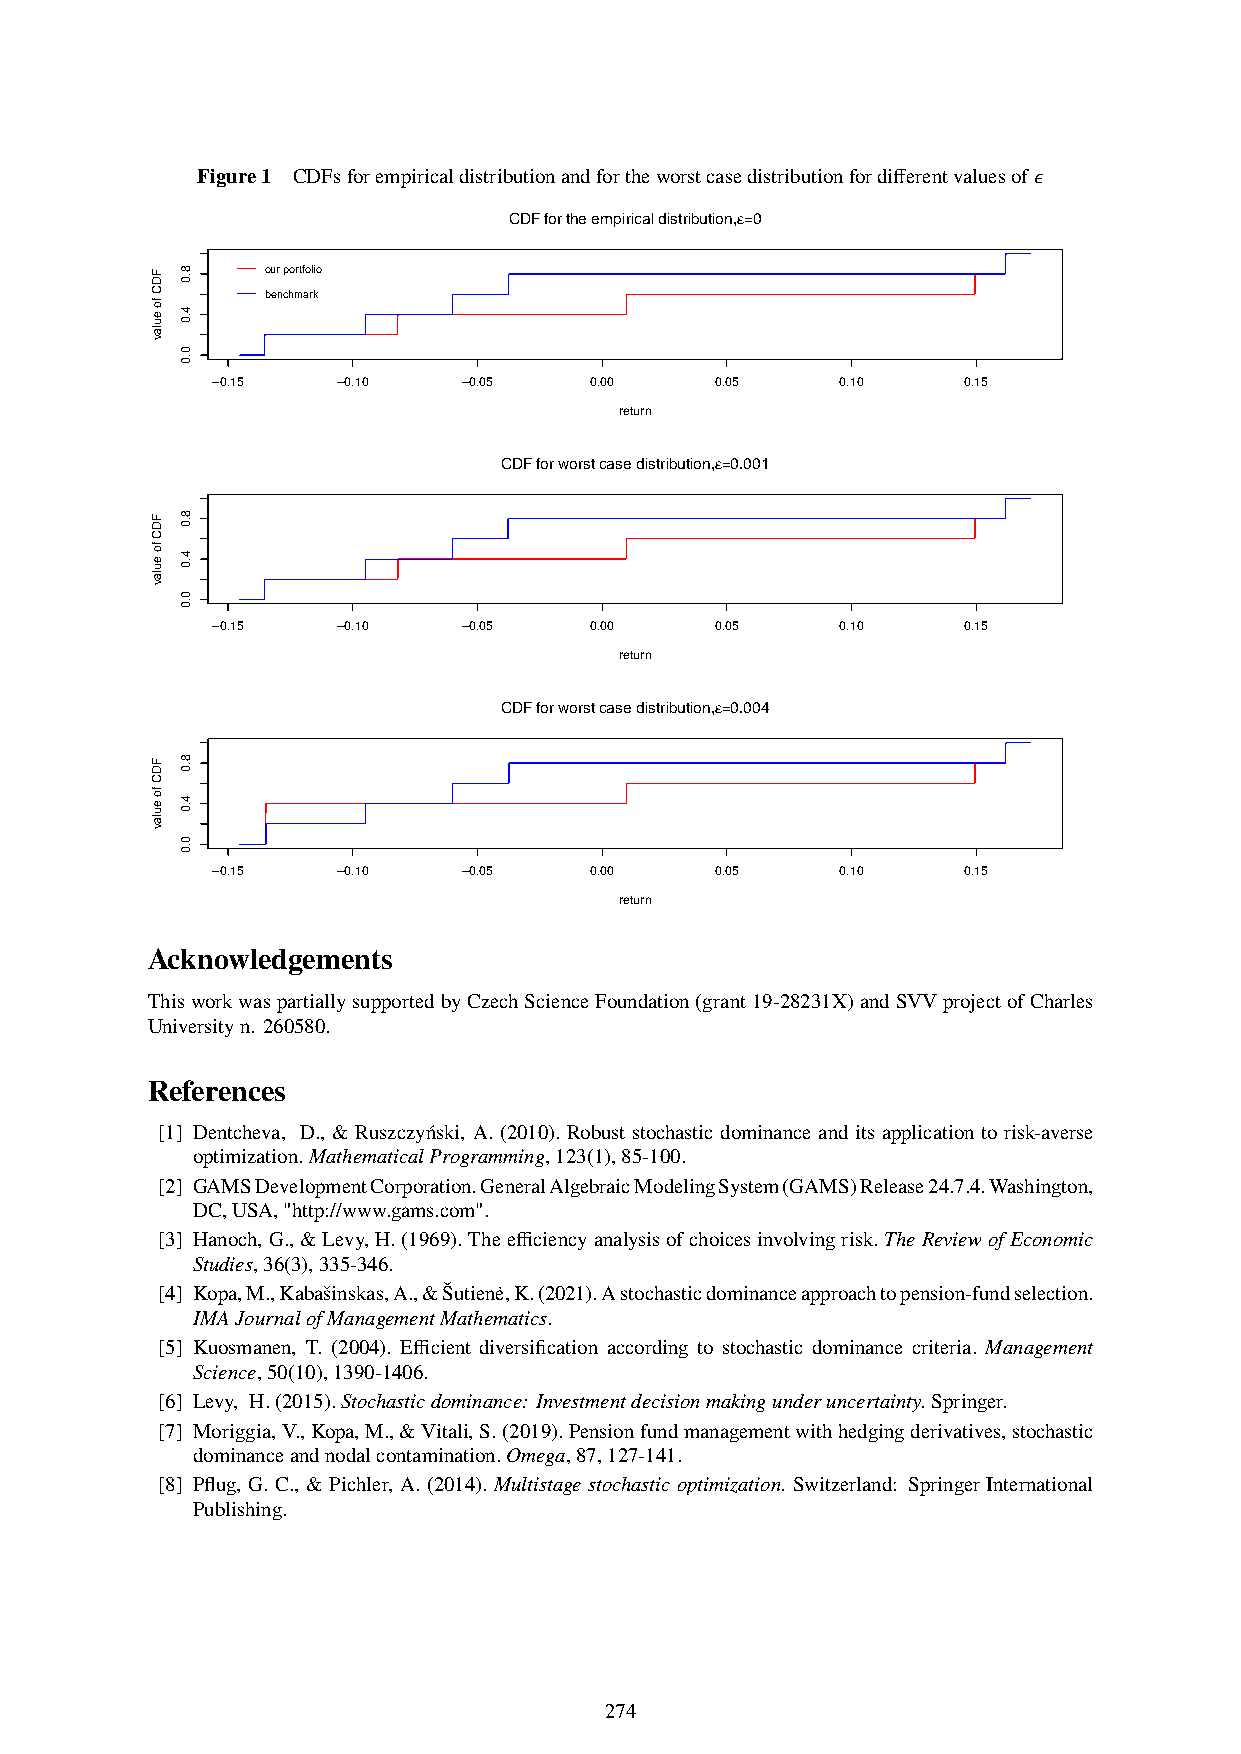
Figure1 CDFsforempiricaldistributionandfortheworstcasedistributionfordifferentvaluesof𝜖
 CDF for the empirical distribution,e =0
 our portfolio
 benchmark
 −0.15   −0.10    −0.05   0.00    0.05     0.10    0.15
 return
 CDF for worst case distribution,e =0.001
 −0.15   −0.10    −0.05   0.00    0.05     0.10    0.15
 return
 CDF for worst case distribution,e =0.004
 −0.15   −0.10    −0.05   0.00    0.05     0.10    0.15
 return
 Acknowledgements      CDF for the worst case distribution,e =0.016
 ThisworkwaspartiallysupportedbyCzechScienceFoundation(grant19-28231X)andSVVprojectofCharles
 Universityn. 260580.
 References
 −0.15   −0.10    −0.05   0.00    0.05     0.10    0.15
 [1] Dentcheva, D., & Ruszczyński, A. (2010). Robust stochastic dominance and its application to risk-averse
 return
 optimization.MathematicalProgramming,123(1),85-100.
 [2] GAMSDevelopmentCorporation.GeneralAlgebraicModelingSystem(GAMS)Release24.7.4.Washington,
 CDF for the worst case distribution,e =0.064
 DC,USA,"http://www.gams.com".
 [3] Hanoch,G.,&Levy,H.(1969).Theefficiencyanalysisofchoicesinvolvingrisk.TheReviewofEconomic
 Studies,36(3),335-346.
 [4] Kopa,M.,Kabašinskas,A.,&Šutiene˙,K.(2021).Astochasticdominanceapproachtopension-fundselection.
 IMAJournalofManagementMathematics.
 [5] Kuosmanen, T. (2004). Efficient diversification according to stochastic dominance criteria. Management
 −0.15   −0.10    −0.05   0.00    0.05     0.10    0.15
 Science,50(10),1390-1406.
 return
 [6] Levy, H.(2015).Stochasticdominance: Investmentdecisionmakingunderuncertainty.Springer.
 [7] Moriggia,V.,Kopa,M.,&Vitali,S.(2019).Pensionfundmanagementwithhedgingderivatives,stochastic
 dominanceandnodalcontamination.Omega,87,127-141.
 [8] Pflug, G. C., & Pichler, A. (2014). Multistage stochastic optimization. Switzerland: Springer International
 Publishing.
 274
 FDC
 fo
 eulav
 FDC
 fo
 eulav
 FDC
 fo
 eulav
 FDC
 fo
 eulav
 FDC
 fo
 eulav
 8.0
 4.0
 0.0
 8.0
 4.0
 0.0
 8.0
 4.0
 0.0
 8.0
 4.0
 0.0
 8.0
 4.0
 0.0